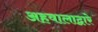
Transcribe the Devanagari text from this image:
अहवालाद्वारे